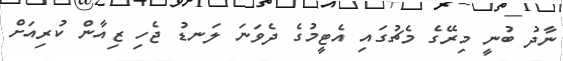
ނާދު ބުނީ މިރޭގެ މެޗުގައި އެޓީމުގެ ދެވަނަ ލަނޑު ޖެހި ޒިއާން ކުރިއަށް